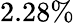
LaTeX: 2.28\%